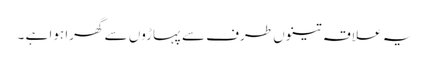
یہ علاقہ تینوں طرف سے پہاڑوں سے گھرا ہوا ہے ۔